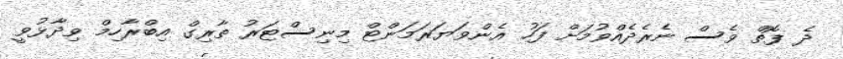
ދެ ފޮތް ވެސް ނެރެދެއްވުމަށް ފަހު އެންވަޔަރަމަންޓް މިނިސްޓަރު ތާރިގް އިބްރާހިމް ވިދާޅުވީ